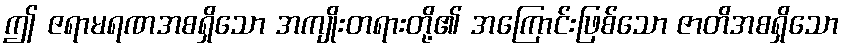
ဤ ဇရာမရဏအစရှိသော အကျိုးတရားတို့၏ အကြောင်းဖြစ်သော ဇာတိအစရှိသော